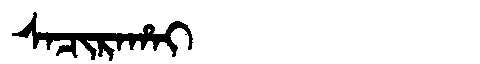
Manchu: ᠰᠠᠴᡳᡵᠠᡥᠠᡳ
Romanization: SACIRAHAI